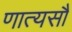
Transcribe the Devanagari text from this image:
णात्यसौ